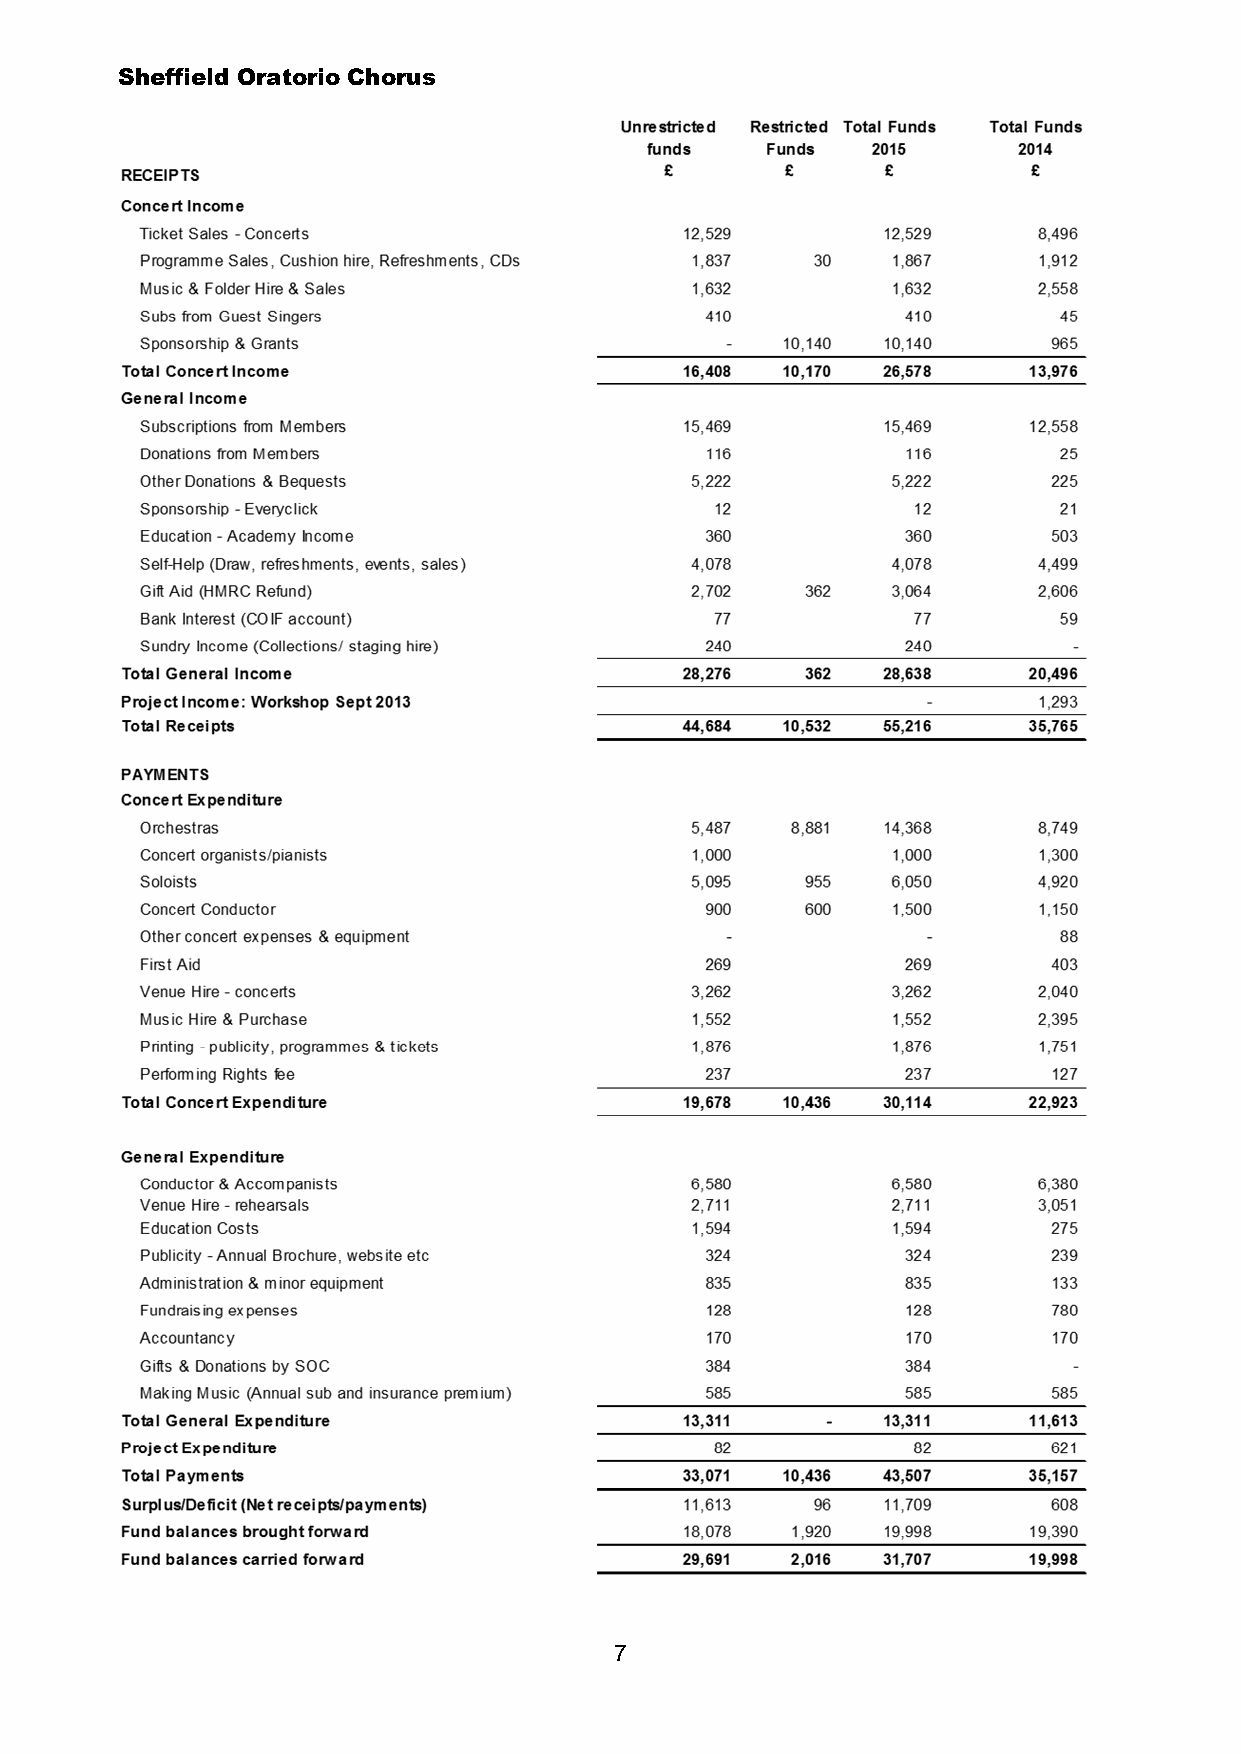
Sheffield Oratorio Chorus
 7